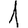
Digit: 1